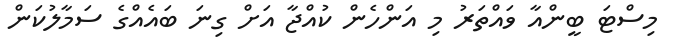
މިސްޓަ ބީންއާ ވައްތަރު މި އަންހެން ކުއްޖާ އަށް ގިނަ ބައެއްގެ ސަމާލުކަން